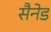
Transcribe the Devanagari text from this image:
सैनेड